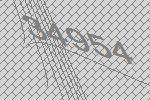
34954